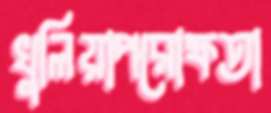
খুলিয়াপরোক্ষতা